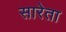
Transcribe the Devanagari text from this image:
सारेता